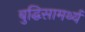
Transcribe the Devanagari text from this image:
बुद्धिसामर्थ्य